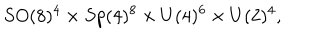
LaTeX: S O ( 8 ) ^ { 4 } \times S p ( 4 ) ^ { 8 } \times U ( 4 ) ^ { 6 } \times U ( 2 ) ^ { 4 } ,